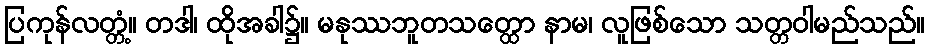
ပြကုန်လတ္တံ့။ တဒါ၊ ထိုအခါ၌။ မနုဿဘူတသတ္ထော နာမ၊ လူဖြစ်သော သတ္တဝါမည်သည်။